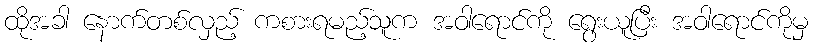
ထိုအခါ နောက်တစ်လှည့် ကစားရမည့်သူက အဝါရောင်ကို ရွေးယူပြီး အဝါရောင်ကိုမှ